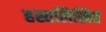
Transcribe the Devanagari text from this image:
हस्तलिखितं